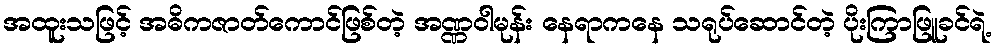
အထူးသဖြင့် အဓိကဇာတ်ကောင်ဖြစ်တဲ့ အဏ္ဏဝါမုန်း နေရာကနေ သရုပ်ဆောင်တဲ့ ပိုးကြာဖြူခင်ရဲ့